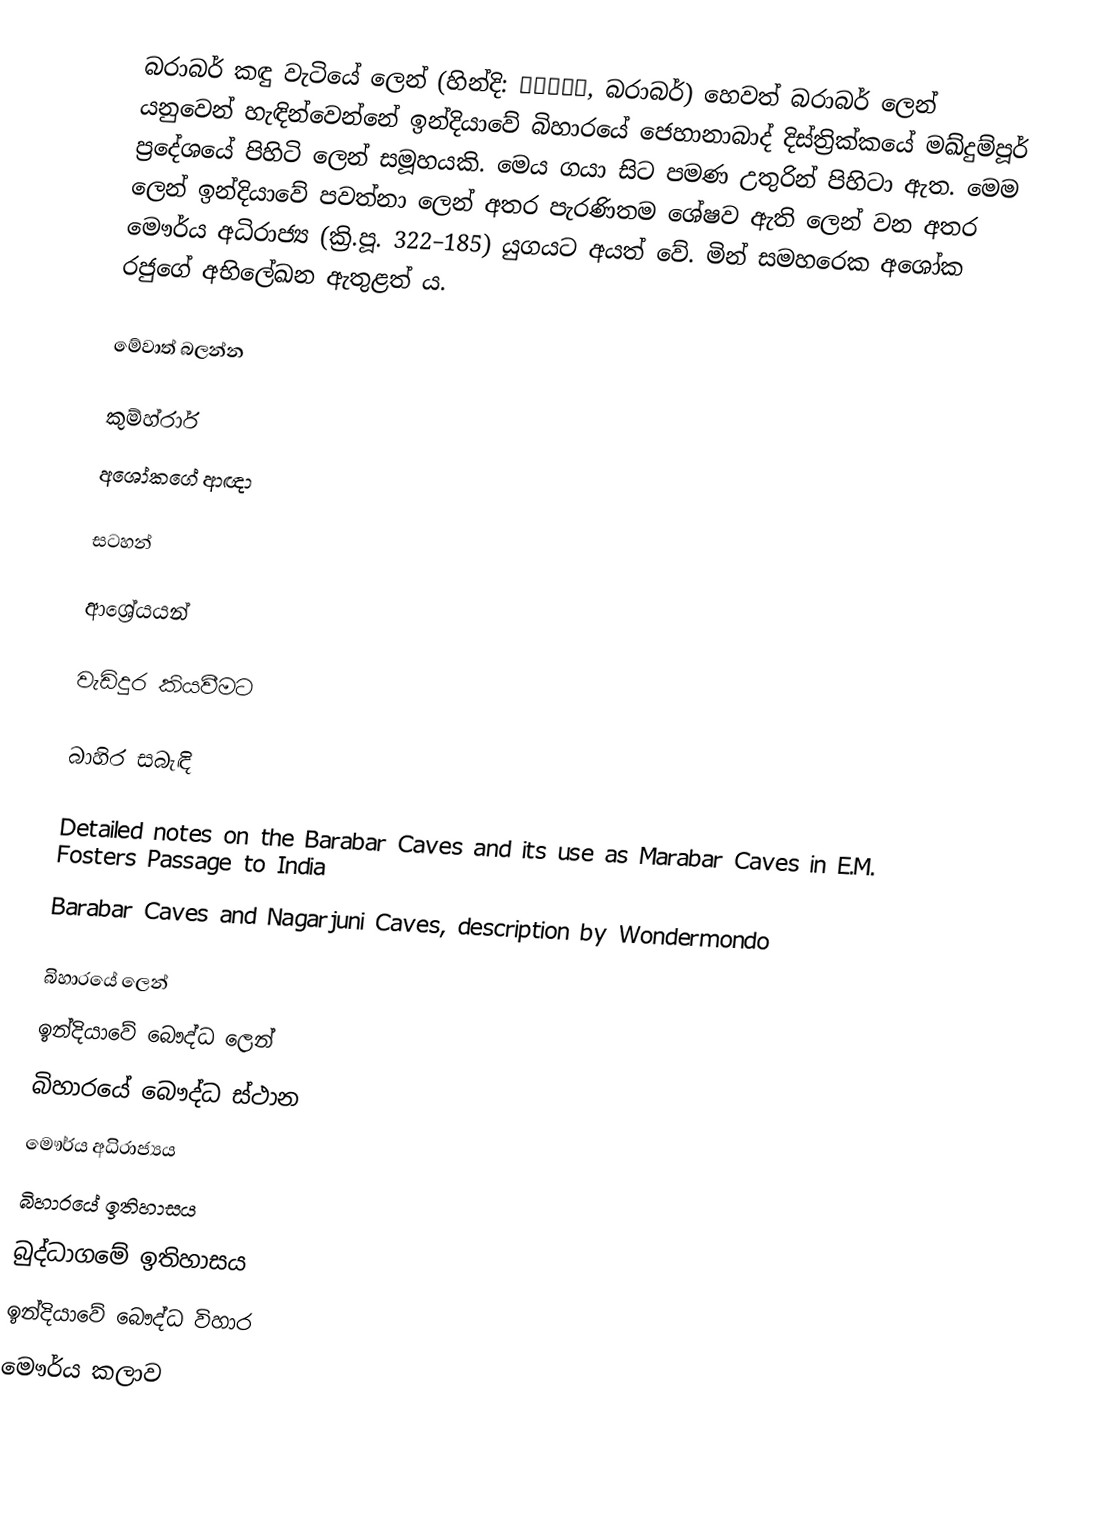
බරාබර් කඳු වැටියේ ලෙන් (හින්දි: बराबर, බරාබර්) හෙවත් බරාබර් ලෙන් යනුවෙන් හැඳින්වෙන්නේ ඉන්දියාවේ බිහාරයේ ජෙහානාබාද් දිස්ත්‍රික්කයේ මඛ්දුම්පූර් ප්‍රදේශයේ පිහිටි ලෙන් සමූහයකි. මෙය ගයා සිට  පමණ උතුරින් පිහිටා ඇත. මෙම ලෙන් ඉන්දියාවේ පවත්නා ලෙන් අතර පැරණිතම ශේෂව ඇති ලෙන් වන අතර මෞර්ය අධිරාජ්‍ය (ක්‍රි.පූ. 322–185) යුගයට අයත් වේ. මින් සමහරෙක අශෝක රජුගේ අභිලේඛන ඇතුළත් ය.

මේවාත් බලන්න

 කුම්හ්රාර්
 අශෝකගේ ආඥා

සටහන්

ආශ්‍රේයයන්

වැඩිදුර කියවීමට

බාහිර සබැඳි

 Detailed notes on the Barabar Caves and its use as Marabar Caves in E.M. Fosters Passage to India
 Barabar Caves and Nagarjuni Caves, description by Wondermondo

බිහාරයේ ලෙන්
ඉන්දියාවේ බෞද්ධ ලෙන්
බිහාරයේ බෞද්ධ ස්ථාන
මෞර්ය අධිරාජ්‍යය
බිහාරයේ ඉතිහාසය
බුද්ධාගමේ ඉතිහාසය
ඉන්දියාවේ බෞද්ධ විහාර
මෞර්ය කලාව